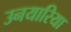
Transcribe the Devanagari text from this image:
उनयारिया